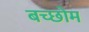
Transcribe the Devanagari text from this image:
बच्छोम